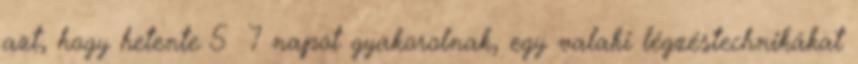
azt, hogy hetente 5 7 napot gyakorolnak, egy valaki légzéstechnikákat